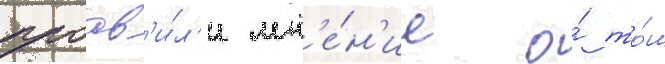
проав'и́л'и мн'е́н'ие о́ то́м